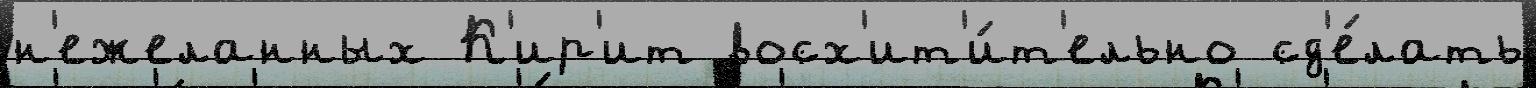
н'ежеланных К'ир'ит восх'ит'и́т'ельно сд'е́лать